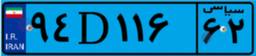
۵۱D۴۴۵۵۹